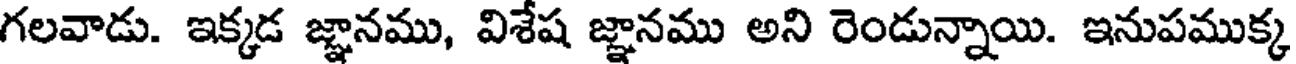
గలవాడు. ఇక్కడ జ్ఞానము, విశేష జ్ఞానము అని రెండున్నాయి. ఇనుపముక్క